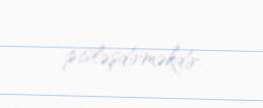
pisləşdirməkdir.